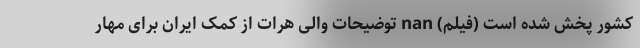
کشور پخش شده است (فیلم) nan توضیحات والی هرات از کمک ایران برای مهار